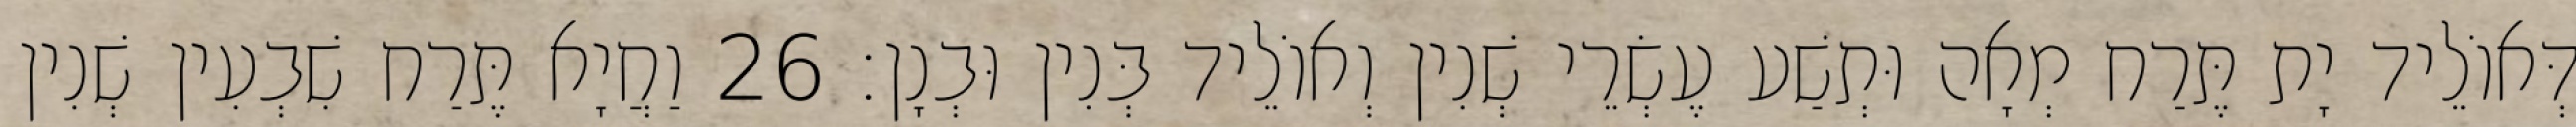
דְּאוֹלֵיד יָת תֶּרַח מְאָה וּתְשַׁע עֶשְׂרֵי שְׁנִין וְאוֹלֵיד בְּנִין וּבְנָן׃ 26 וַחֲיָא תֶּרַח שִׁבְעִין שְׁנִין